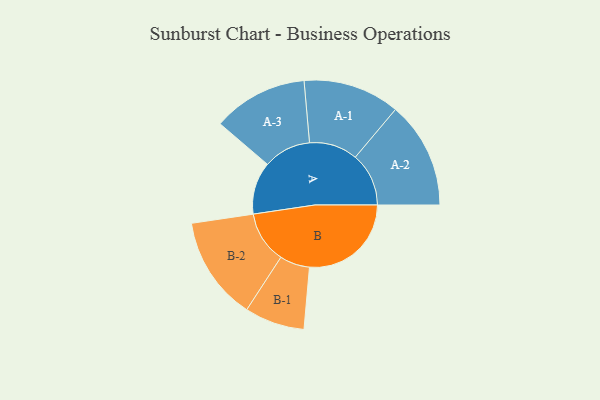
{"axis": {"x": "Segment", "y": "Value"}, "legend": ["", "A", "B"], "data": [{"x": "A", "y": 206, "type": ""}, {"x": "B", "y": 400, "type": ""}, {"x": "A-1", "y": 190, "type": "A"}, {"x": "A-2", "y": 210, "type": "A"}, {"x": "A-3", "y": 187, "type": "A"}, {"x": "B-1", "y": 118, "type": "B"}, {"x": "B-2", "y": 204, "type": "B"}]}